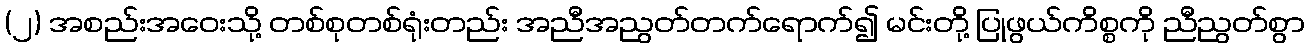
(၂) အစည်းအဝေးသို့ တစ်စုတစ်ရုံးတည်း အညီအညွတ်တက်ရောက်၍ မင်းတို့ ပြုဖွယ်ကိစ္စကို ညီညွတ်စွာ